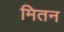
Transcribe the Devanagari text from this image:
मितन